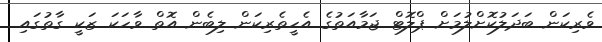
ވެރިކަން ބަދަލުކޮށްލުމަށް ޕްލޮޓް ޖަމާއަތުގެ އެހީތެރިކަން ލިބެން އޮތް ވާހަކަ ޒަކީ ގާތުގައި